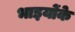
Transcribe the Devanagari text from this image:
भाइयोंके